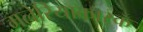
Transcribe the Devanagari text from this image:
मलेरियाकारक